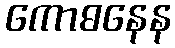
ကောဓနေန